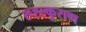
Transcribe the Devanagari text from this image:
रूह्ल्कुराण